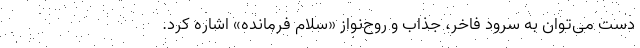
دست می‌توان به سرود فاخر، جذاب و روح‌نواز «‌سلام فرمانده‌» اشاره کرد.